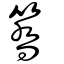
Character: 簥